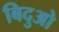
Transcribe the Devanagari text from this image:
बिदुओ